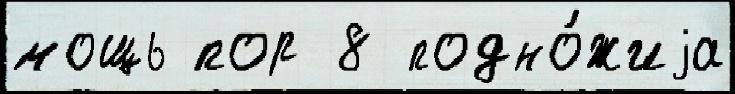
мощь пор 8 подно́жиjа